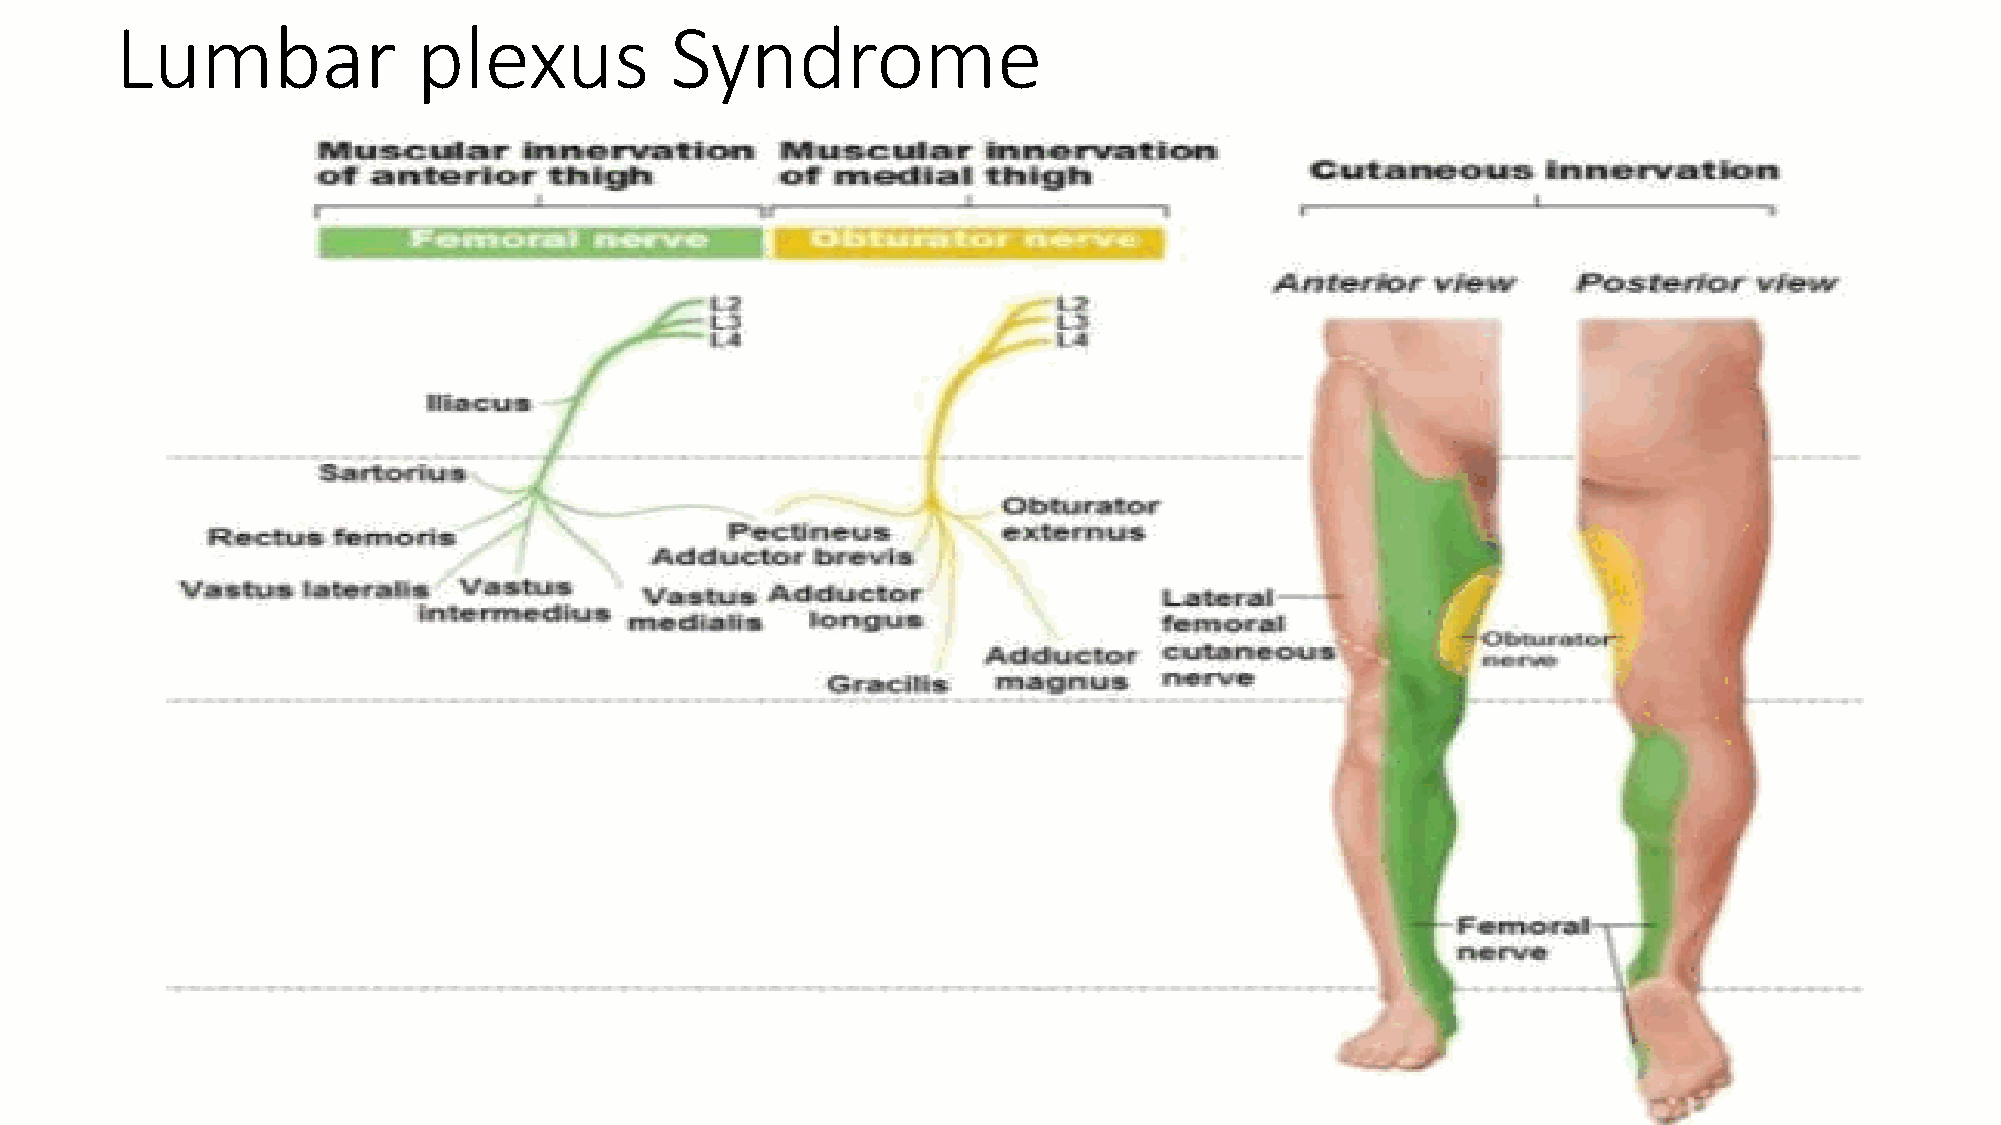
Lumbar              plexus          Syndrome